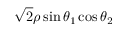
\sqrt { 2 } \rho \sin \theta _ { 1 } \cos \theta _ { 2 }